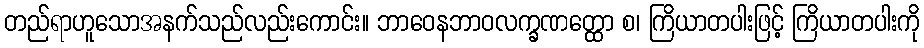
တည်ရာဟူသောအနက်သည်လည်းကောင်း။ ဘာဝေနဘာဝလက္ခဏတ္ထော စ၊ ကြိယာတပါးဖြင့် ကြိယာတပါးကို